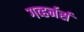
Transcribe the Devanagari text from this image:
गव्हर्नर्स